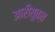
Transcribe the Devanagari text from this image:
आरीयुक्त